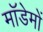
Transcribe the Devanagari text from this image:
मॉडेमों